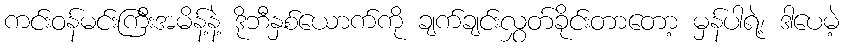
ကင်းဝန်မင်းကြီးအမိန့်နဲ့ ဒိုဘီနှစ်ယောက်ကို ချက်ချင်းလွှတ်ခိုင်းတာတော့ မှန်ပါရဲ့၊ ဒါပေမဲ့